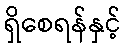
ရှိစေရန်နှင့်